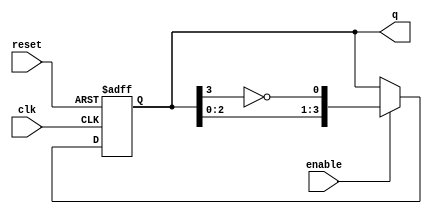
module johnson_counter (
    input wire clk,          // Clock input
    input wire reset,        // Asynchronous reset
    input wire enable,       // Enable signal
    output reg [3:0] q       // 4-bit output for the counter state
);

    // Always block triggered on the rising edge of the clock or reset
    always @(posedge clk or posedge reset) begin
        if (reset) begin
            // Asynchronous reset: set counter to 0
            q <= 4'b0000;
        end else if (enable) begin
            // Johnson counter logic
            q <= {q[2:0], ~q[3]}; // Shift left and feed inverted last bit
        end
        // If enable is not asserted, retain the current state
    end

endmodule